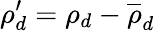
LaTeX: \rho_{d}^{\prime}=\rho_{d}-\overline{{\rho}}_{d}